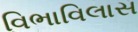
વિભાવિલાસ